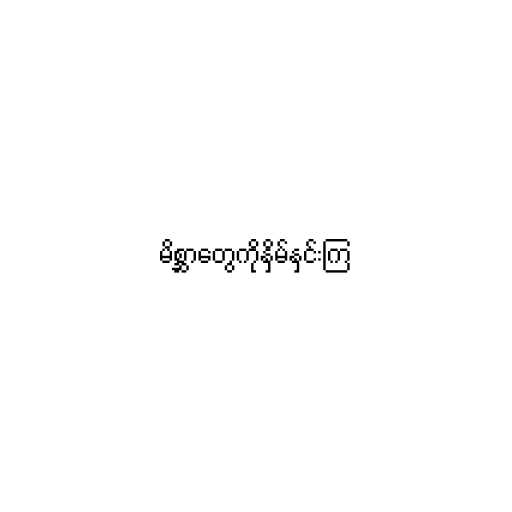
မိစ္ဆာတွေကိုနှိမ်နှင်းကြ